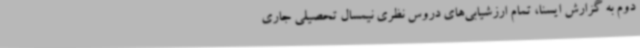
دوم به گزارش ایسنا، تمام ارزشیابی‌های دروس نظری نیمسال تحصیلی جاری